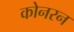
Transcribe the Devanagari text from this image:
कोनरन